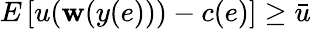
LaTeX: E\left[u(\mathbf{w}(y(e)))-c(e)\right]\geq{\bar{{u}}}